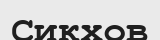
Сикхов